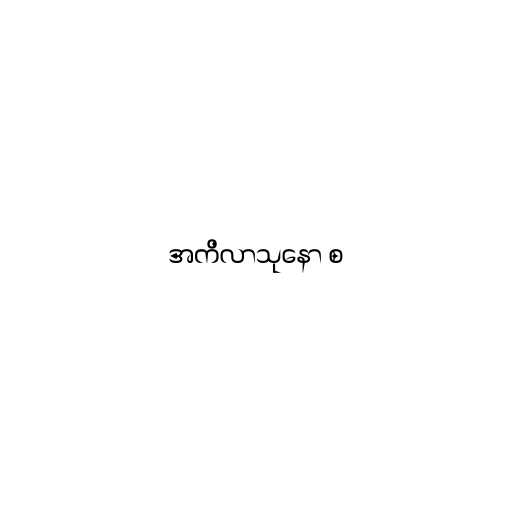
အကိလာသုနော စ